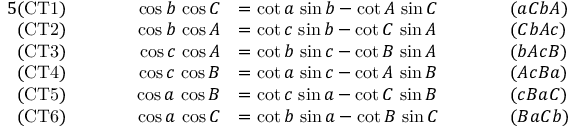
{ \begin{array} { r l r l r l } { { 5 } { \mathrm { ( C T 1 ) } } } & { } & { \qquad \cos b \, \cos C } & { = \cot a \, \sin b - \cot A \, \sin C \qquad } & & { ( a C b A ) } \\ { { \mathrm { ( C T 2 ) } } } & { } & { \cos b \, \cos A } & { = \cot c \, \sin b - \cot C \, \sin A } & & { ( C b A c ) } \\ { { \mathrm { ( C T 3 ) } } } & { } & { \cos c \, \cos A } & { = \cot b \, \sin c - \cot B \, \sin A } & & { ( b A c B ) } \\ { { \mathrm { ( C T 4 ) } } } & { } & { \cos c \, \cos B } & { = \cot a \, \sin c - \cot A \, \sin B } & & { ( A c B a ) } \\ { { \mathrm { ( C T 5 ) } } } & { } & { \cos a \, \cos B } & { = \cot c \, \sin a - \cot C \, \sin B } & & { ( c B a C ) } \\ { { \mathrm { ( C T 6 ) } } } & { } & { \cos a \, \cos C } & { = \cot b \, \sin a - \cot B \, \sin C } & & { ( B a C b ) } \end{array} }